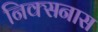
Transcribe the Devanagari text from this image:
निक्सनास